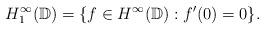
LaTeX: \begin{align*}{H}_{1}^{\infty}(\mathbb{D}) = \{f\in {H}^{\infty}(\mathbb{D}): f'(0) = 0\}.\end{align*}